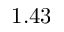
1 . 4 3